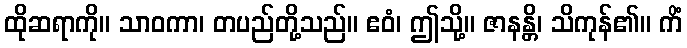
ထိုဆရာကို။ သာဝကာ၊ တပည်တို့သည်။ ဧဝံ၊ ဤသို့။ ဇာနန္တိ၊ သိကုန်၏။ ကိံ